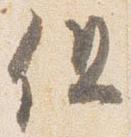
但